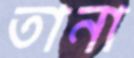
তানা